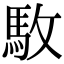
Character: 駇